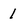
Character: 1